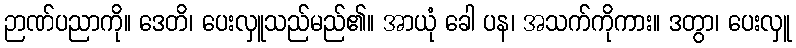
ဉာဏ်ပညာကို။ ဒေတိ၊ ပေးလှူသည်မည်၏။ အာယုံ ခေါ ပန၊ အသက်ကိုကား။ ဒတွာ၊ ပေးလှူ